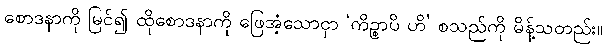
စောဒနာကို မြင်၍ ထိုစောဒနာကို ဖြေအံ့သောငှာ ‘ကိဉ္စာပိ ဟိ’ စသည်ကို မိန့်သတည်း။